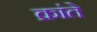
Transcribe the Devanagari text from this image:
क्रांते